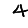
Digit: 4